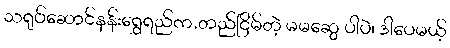
သရုပ်ဆောင်နန်းရွှေရည်က.တည်ငြိမ်တဲ့ မမဆွေ ပါပဲ၊ ဒါပေမယ့်